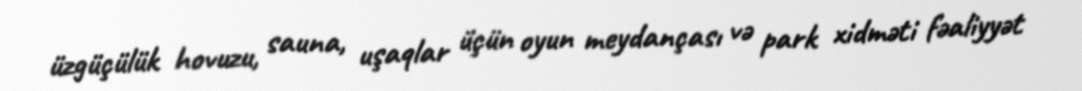
üzgüçülük hovuzu, sauna, uşaqlar üçün oyun meydançası və park xidməti fəaliyyət